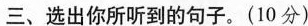
三、选出你所听到的句子.(10分)